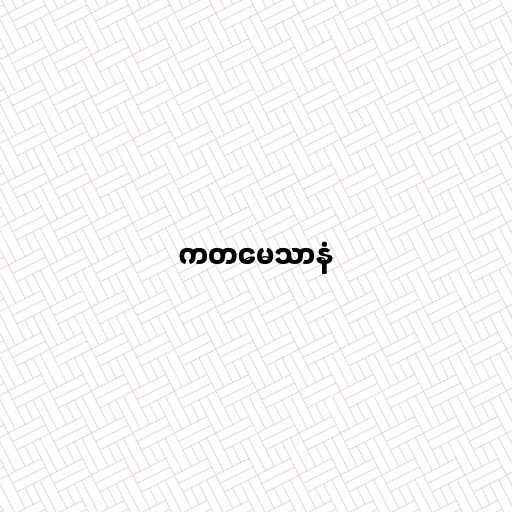
ကတမေသာနံ